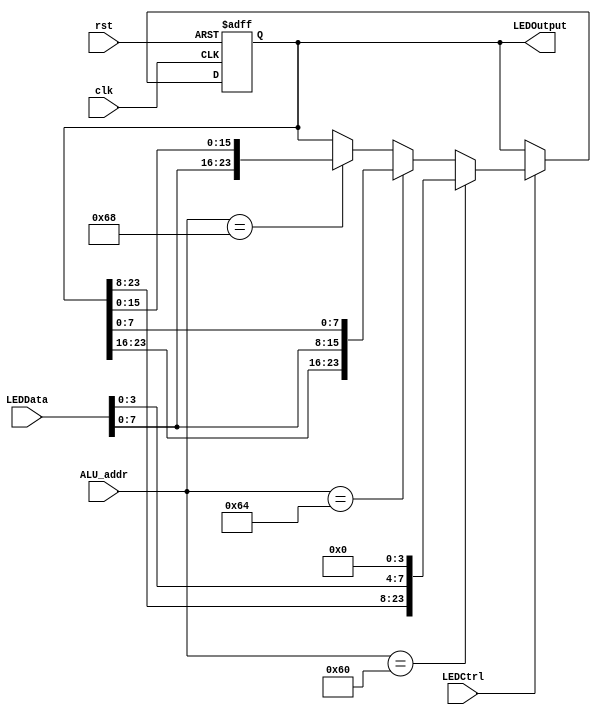
`timescale 1ns / 1ps
//////////////////////////////////////////////////////////////////////////////////
// Company: 
// Engineer: 
// 
// Design Name: 
// Module Name: Led
// Project Name: 
// Target Devices: 
// Tool Versions: 
// Description: 
// 
// Dependencies: 
// 
// Revision:
// Revision 0.01 - File Created
// Additional Comments:
// 
//////////////////////////////////////////////////////////////////////////////////


module TestOutput(clk, rst, LEDCtrl, ALU_addr, LEDData, LEDOutput);
input clk;
input rst;
input LEDCtrl;
input [7:0]ALU_addr;
input [15:0] LEDData;
output reg [23:0] LEDOutput;

always @(posedge clk or posedge rst) begin
    if (rst) begin
        LEDOutput <= 24'h0;
    end
    else begin
        if (LEDCtrl) begin //LED
            if (ALU_addr == 8'h60) begin
                LEDOutput <= {LEDOutput[23:8], LEDData[3:0],4'b0000};
            end
            else if(ALU_addr == 8'h64) begin
                LEDOutput <= {LEDOutput[23:16], LEDData[7:0], LEDOutput[7:0]};
            end
            else if(ALU_addr == 8'h68) begin
                LEDOutput <= {LEDData[7:0], LEDOutput[15:0]};
            end
        end
    end
end

endmodule